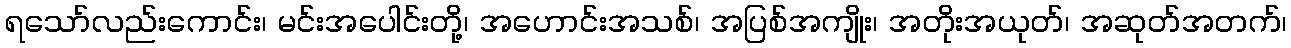
ရသော်လည်းကောင်း၊ မင်းအပေါင်းတို့၊ အဟောင်းအသစ်၊ အပြစ်အကျိုး၊ အတိုးအယုတ်၊ အဆုတ်အတက်၊